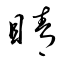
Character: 睛